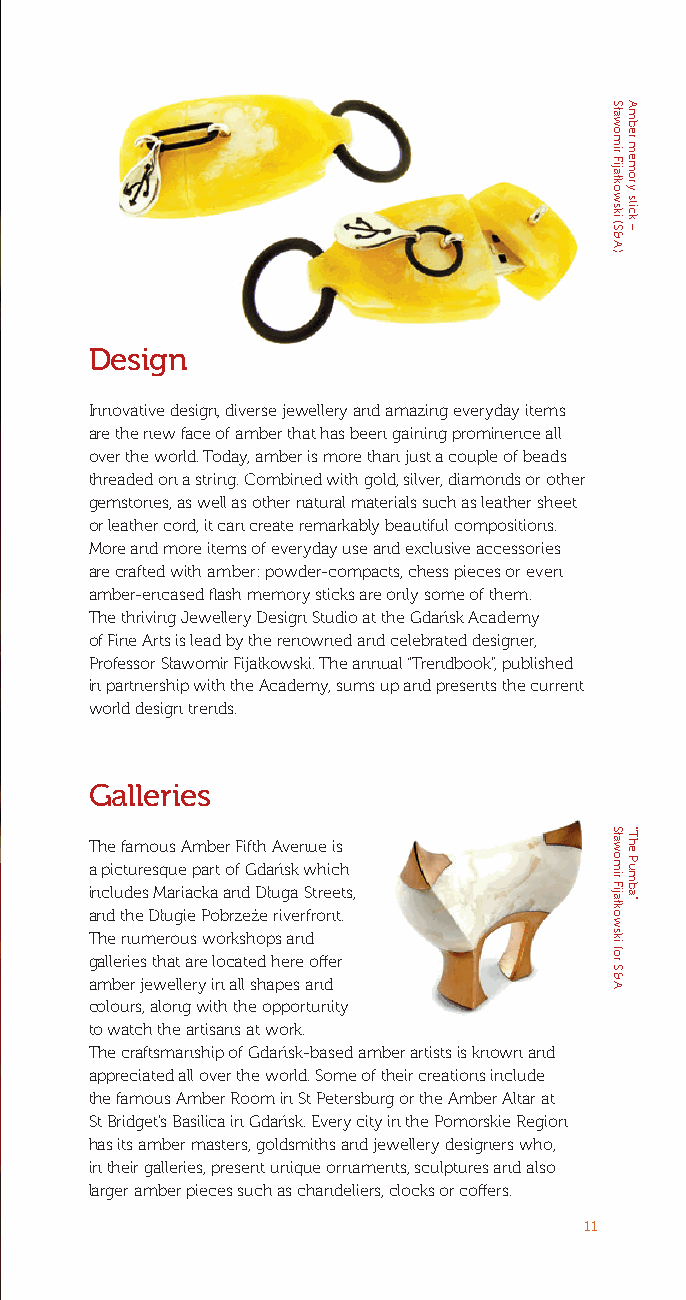
Design
 Innovative design, diverse jewellery and amazing everyday items
 are the new face of amber that has been gaining prominence all
 over the world. Today, amber is more than just a couple of beads
 threaded on a string. Combined with gold, silver, diamonds or other
 gemstones, as well as other natural materials such as leather sheet
 or leather cord, it can create remarkably beautiful compositions.
 More and more items of everyday use and exclusive accessories
 are crafted with amber: powder-compacts, chess pieces or even
 amber-encased flash memory sticks are only some of them.
 The thriving Jewellery Design Studio at the Gdańsk Academy
 of Fine Arts is lead by the renowned and celebrated designer,
 Professor Sławomir Fijałkowski. The annual “Trendbook”, published
 in partnership with the Academy, sums up and presents the current
 world design trends.
 Galleries
 The famous Amber Fifth Avenue is
 a picturesque part of Gdańsk which
 includes Mariacka and Długa Streets,
 and the Długie Pobrzeże riverfront.
 The numerous workshops and
 galleries that are located here offer
 amber jewellery in all shapes and
 colours, along with the opportunity
 to watch the artisans at work.
 The craftsmanship of Gdańsk-based amber artists is known and
 appreciated all over the world. Some of their creations include
 the famous Amber Room in St Petersburg or the Amber Altar at
 St Bridget’s Basilica in Gdańsk. Every city in the Pomorskie Region
 has its amber masters, goldsmiths and jewellery designers who,
 in their galleries, present unique ornaments, sculptures and also
 larger amber pieces such as chandeliers, clocks or coffers.
 11
 Sławomir
 Fijałkowski
 (S
 &
 A)
 Sławomir
 Fijałkowski
 for
 S
 & A
 Amber
 memory
 stick
 –
 “The
 Pumba”